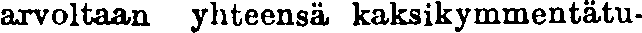
avoltaan yhteensä kaksikymmentätu-